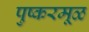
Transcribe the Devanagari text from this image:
पुष्करमूळ